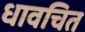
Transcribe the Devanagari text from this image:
धावचित